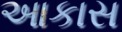
આકાસ